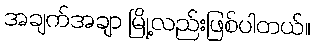
အချက်အချာ မြို့လည်းဖြစ်ပါတယ်။